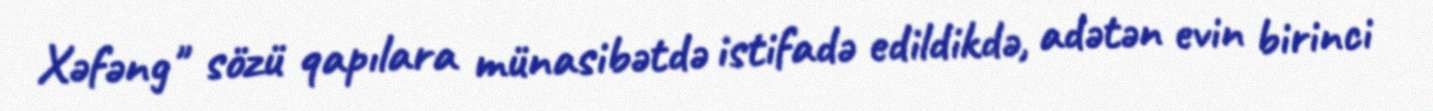
Xəfəng" sözü qapılara münasibətdə istifadə edildikdə, adətən evin birinci